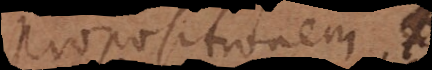
propositionem. Ex